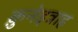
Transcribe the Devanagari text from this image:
क़ुनेइत्राह